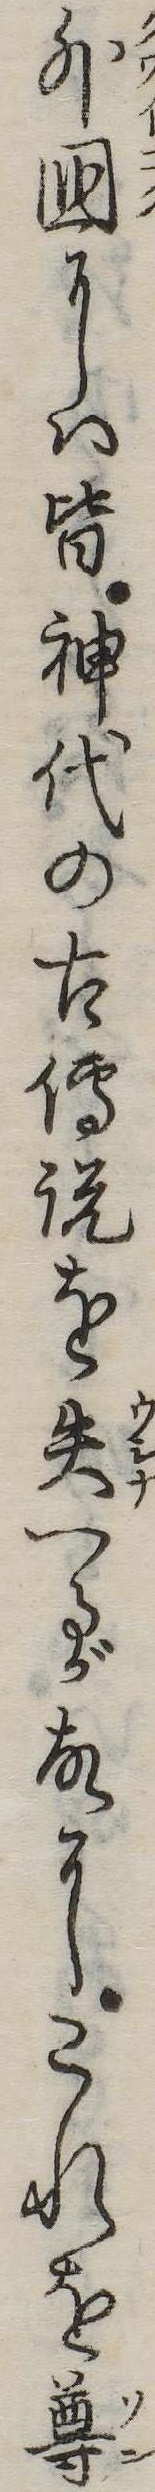
外国には皆神代の古伝説を失へるが故にこれを尊